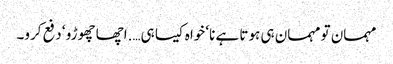
مہمان تو مہمان ہی ہوتا ہے نا‘ خواہ کیسا ہی….اچھا چھوڑو ‘ دفع کرو۔